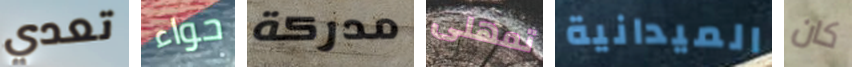
تعدي حواء مدركة تمهلى الميدانية كان